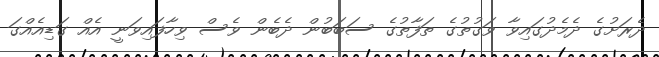
ދެރަށުގެ ދެމެދުގައިވާ ވަގުތުގެ ތަފާތުގެ ސަބަބުން ދެބެން ވެސް ވިހާފައިވަނީ އެއް ގަޑިއެއްގަ